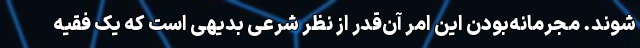
شوند. مجرمانه‌بودن این امر آن‌قدر از نظر شرعی بدیهی است که یک فقیه